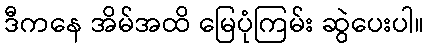
ဒီကနေ အိမ်အထိ မြေပုံကြမ်း ဆွဲပေးပါ။